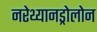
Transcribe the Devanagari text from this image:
नरेथ्यानड्रोलोन